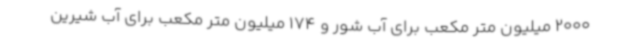
2000 میلیون متر مکعب برای آب شور و 174 میلیون متر مکعب برای آب شیرین